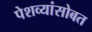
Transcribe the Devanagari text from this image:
पेशव्यांसोबत